Tartu_Eesti_Lasteaia_Selts, lk 5
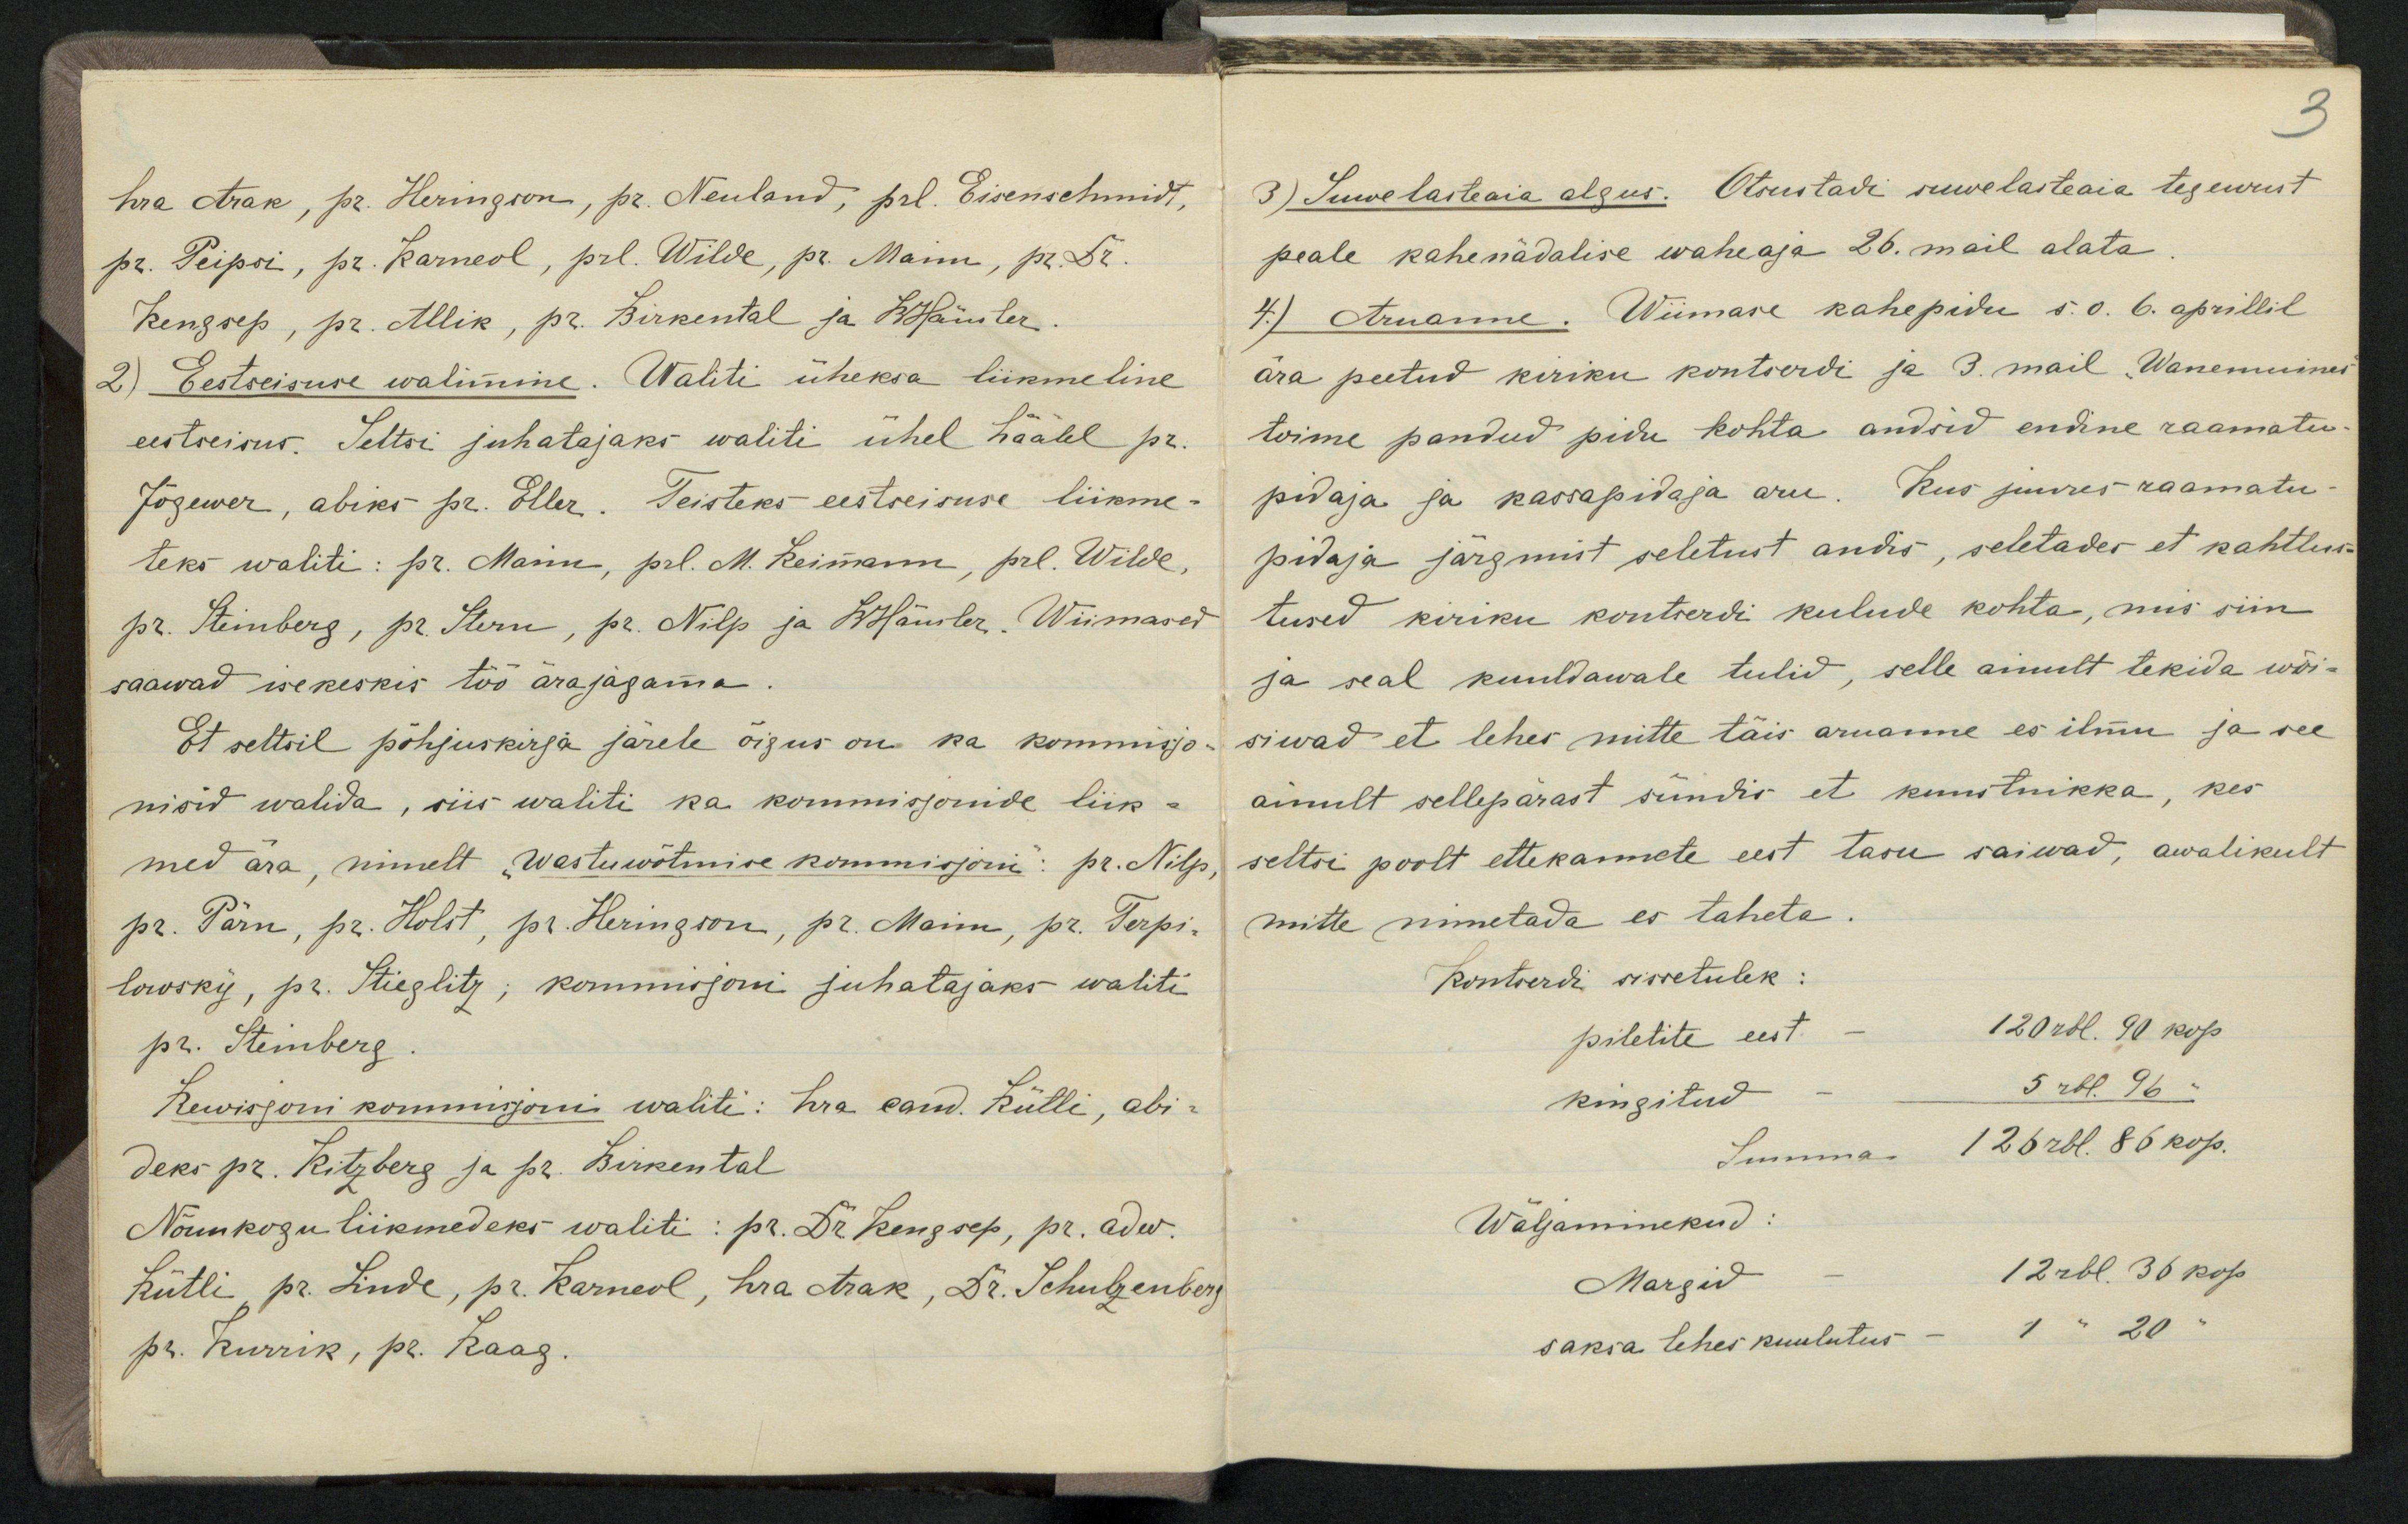
hra Arak, pr. Heringoon, pr. Neuland, prl. Eisenschmidt,pr. Peipri, pr. Karneol, prl. Wilde, pr. Mann, pr r.Kengsep, pr. Allik, pr. Birkental ja Woiuler(2) Eestseisuse walimine. Waliti üheksa liinmelineeestreisus. Seltsi juhatajaks waliti ühel häälel pr.Jõgewer, abiks pr. Eller. Teisteks eestseisuse liikme-teks waliti: pr. Mann, prl. M. Reimann, prl. Wildepr. Reinberg, pr. Sarn, pr. Nilp ja WHamber. Wiimasedsaawad isekeskis töö ärajagamaEt settsil põhjuskirja järele õigus on ka kommisjo- siwad et leher mitte täis aruanne es ilmu ja seenisid walda, siis waliti ka kommisjonide liik-med ära, nimelt "Wastuwõtmise kommisjoni: pr. Nilp, seltsi poolt ettekanmete eest taru saiwad, awalikultpr. Pärn, pr. Holst, pr. Heringoon, pr. Mannu, pr. Terpi.lowsky, pr. Hieglitz; kommisjoni juhatajaks wahtipr. TembergRewirjoni kommijoni waliti: hra eand. Külli, abi-deks pr. Kitgberg ja pr. BirkentalNõunkogu liikmedeks waliti: pr. Dr Kengsep, pr. adw.Kütli, pr. Linde, pr. Karneol, hra Ärak, Fr. Schulgenber)pr. Kurrik, pr. Raag

3) Suwelasteaia algus. Otsustadi ruwelasteaia tegewustpeale kahenädalise waheaja 26.mail alata4) Aruanne. Wiimase kahepidu s.o. 6. aprillilära peetud kiriku kontoerdi ja 3. mail Wanemuinedtoime pandud pidu kohta andsid endine raamatupidaja ja kassapidaja aru. Kus juures raamatupidaja järgmist seletust andis, seletader et kahtlustused kiriku kontrerdi kulude kohta, mis siinja seal kuuldawale tulid, selle ainult tekida wõi-Et settsil põhjuskirja järele õigus on ka kommisjo- siwad et leher mitte täis aruanne es ilmu ja seeainult sellepärast sündis et kuurtnikka, kesmed ära, nimelt "Wastuwõtmise kommisjoni: pr. Nilp, seltsi poolt ettekanmete eest taru saiwad, awalikultmitte nimetada es taheta